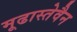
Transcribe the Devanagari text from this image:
मूढास्तेवैन